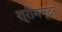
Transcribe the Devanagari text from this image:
श्रीमन्द्र